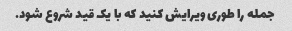
جمله را طوری ویرایش کنید که با یک قید شروع شود.